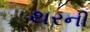
થરની